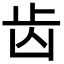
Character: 齿